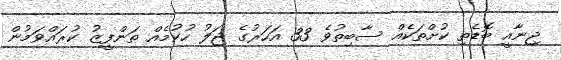
ޖިނާއީ ބޮޑެތި ކުށްތަކެއް ސާބިތުވެ 33 އަހަރުގެ ޖަލު ހުކުމެއް ތަންފީޒު ކުރައްވަމުން